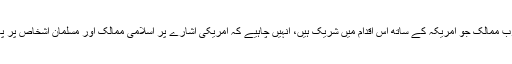
اسی طرح وہ عرب ممالک جو امریکہ کے ساتھ اس اقدام میں شریک ہیں، انہیں چاہیے کہ امریکی اشارے پر اسلامی ممالک اور مسلمان اشخاص پر پابندیاں نہ لگائیں۔